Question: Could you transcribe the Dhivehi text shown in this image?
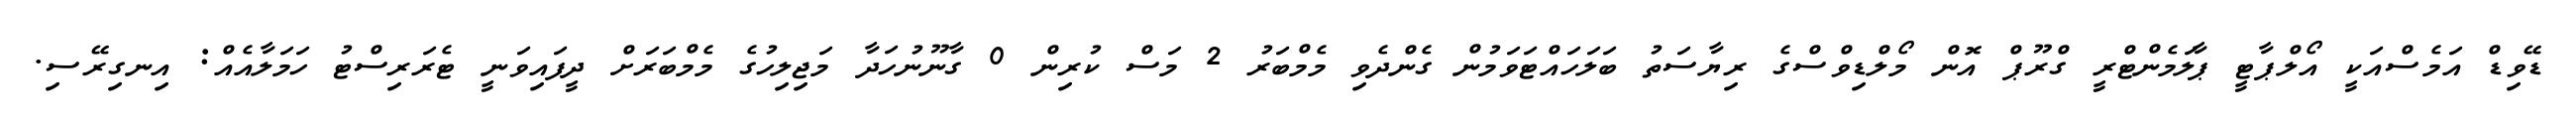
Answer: ޑޭވިޑް އަމެސްއަކީ އޯލްޕާޓީ ޕާލަމެންޓްރީ ގްރޫޕް އޮން މޯލްޑިވްސްގެ ރިޔާސަތު ބަލަހައްޓަވަމުން ގެންދެވި މެމްބަރު 2 މަސް ކުރިން 0 ގާނޫނުހަދާ މަޖިލިހުގެ މެމްބަރަށް ދީފައިވަނީ ޓެރަރިސްޓު ހަމަލާއެއް: އިނގިރޭސި.